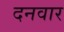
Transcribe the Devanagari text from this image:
दनवार